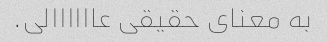
به معنای حقیقی عاااااالی.